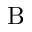
\mathrm { B }